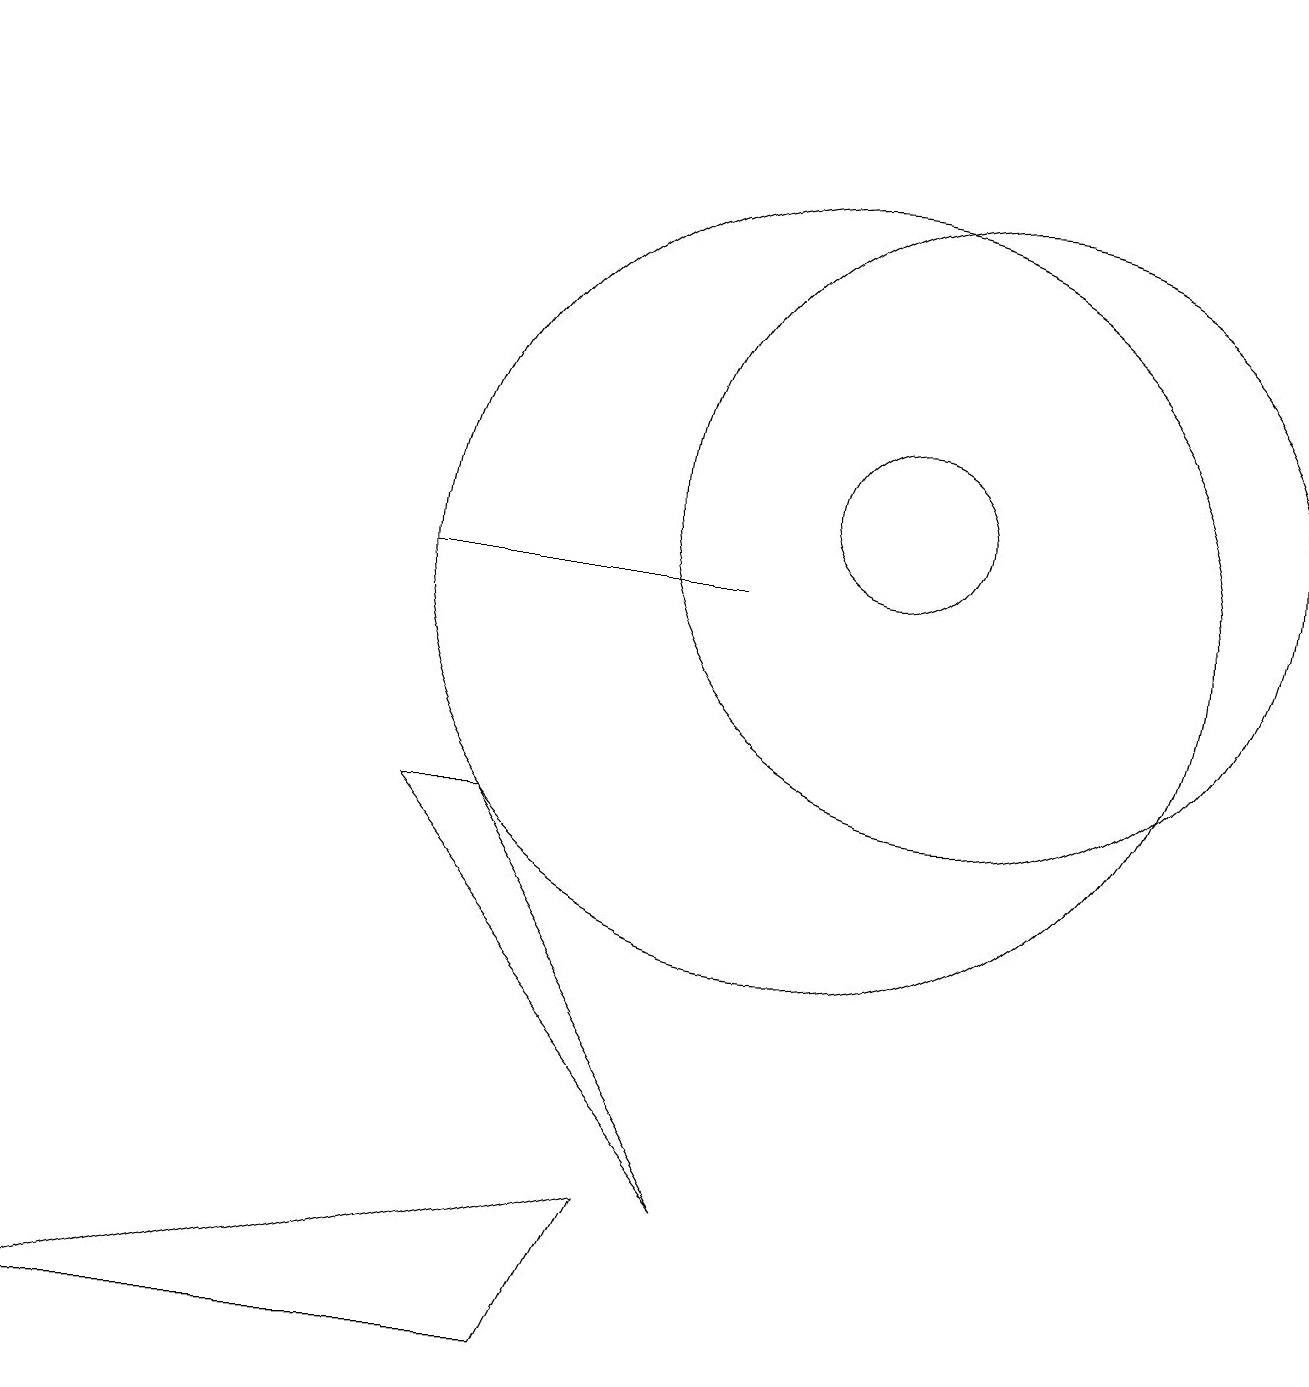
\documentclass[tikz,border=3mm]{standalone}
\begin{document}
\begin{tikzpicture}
\draw (11,11) circle (1);
\draw[->] (1,17) -- (1,17);
\draw (12,11) circle (4);
\draw (0,0) -- (7,0) -- (8,2) -- cycle;
\draw (10,10) circle (5);
\draw (9,10) rectangle (5,10);
\draw (9,2) -- (6,7) -- (5,7) -- cycle;
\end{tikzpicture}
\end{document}